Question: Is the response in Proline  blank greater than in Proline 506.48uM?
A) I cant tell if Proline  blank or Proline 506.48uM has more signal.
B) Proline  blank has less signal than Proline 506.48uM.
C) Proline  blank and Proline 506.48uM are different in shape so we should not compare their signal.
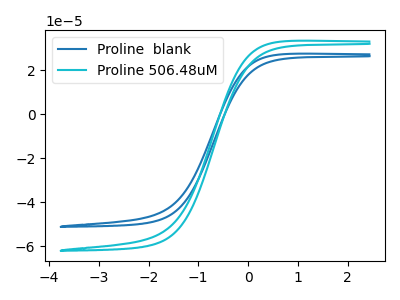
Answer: <think>The blue curve "Proline  blank" has no peaks. The cyan curve "Proline 506.48uM" has no peaks.
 Neither "Proline  blank" or "Proline 506.48uM" have any peaks.</think>
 <answer>A) I cant tell if "Proline  blank" or "Proline 506.48uM" has more signal.</answer>
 <eval>A</eval>